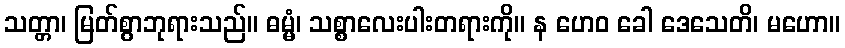
သတ္တာ၊ မြတ်စွာဘုရားသည်။ ဓမ္မံ၊ သစ္စာလေးပါးတရားကို။ န ဟေဝ ခေါ ဒေသေတိ၊ မဟော။